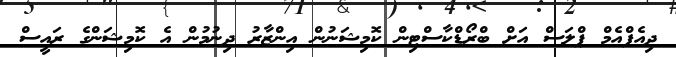
ދިއެފްއެމް ޕްލަސް އަށް ބްރޯޑްކާސްޓިން ކޮމިިޝަނުން އިންޒާރު ދިނުމުން އެ ކޮމިޝަންގެ ރައީސް